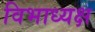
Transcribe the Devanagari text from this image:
विभाध्यक्ष